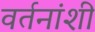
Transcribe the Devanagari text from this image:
वर्तनांशी